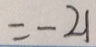
= - 2 1